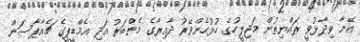
އޭނާ ވިދާޅުވީ ރައްޔިތުން މަޖިލީހުގެ ހުޅުހެންވޭރު ދާއިރާގެ މެންބަރު އަދި އެމްޑީޕީގެ ޗެއާޕާސަން